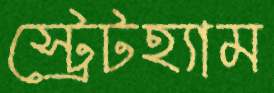
স্ট্রেটহ্যাম